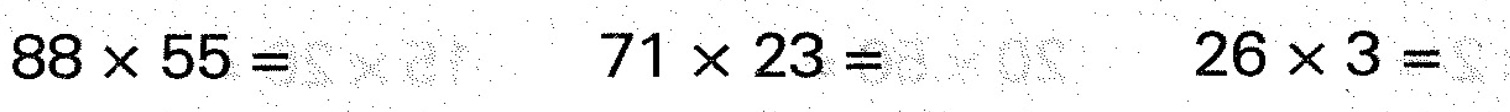
$$8 8 \times 5 5 =$$ $$7 1 \times